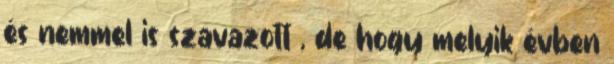
és nemmel is szavazott , de hogy melyik évben